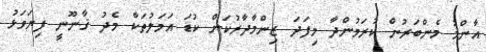
އާންމު މެންބަރުން ކުރަމުންދާ މިފަދަ ޒިންމާދާރުކަން ކުޑަ އަމަލުތަކާ މެދު ޤާނޫނީ ފިޔަވަޅު